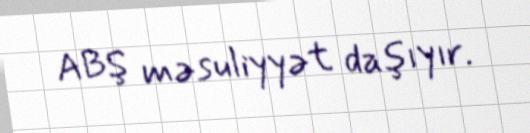
ABŞ məsuliyyət daşıyır.